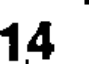
14